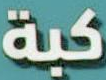
كبة